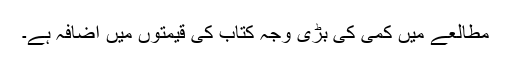
مطالعے میں کمی کی بڑی وجہ کتاب کی قیمتوں میں اضافہ ہے۔